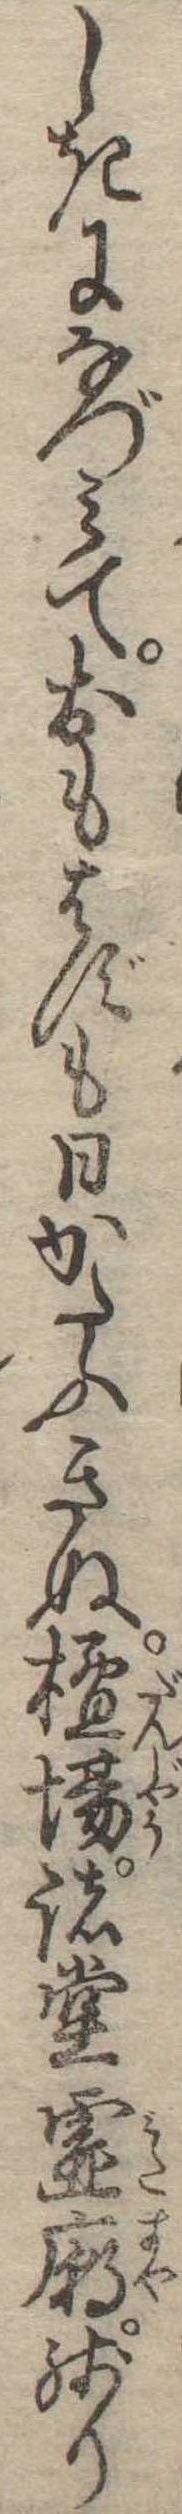
しきになづみておもはずも日かたふきぬ檀場諸堂霊廟残り